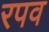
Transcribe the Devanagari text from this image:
रपव